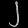
Digit: ၂